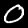
Digit: 0